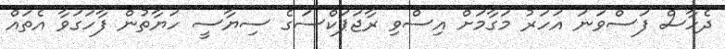
ދެހާސް ފަސްވަނަ އަހަރު މަގާމަށް އިސްވި ރާޖަޕަކްސަގެ ސިޔާސީ ހަޔާތުން ފާހަގަވާ އެތައް